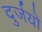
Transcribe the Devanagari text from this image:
दुर्जयो